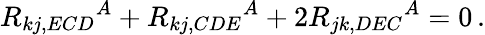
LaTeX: R_{kj,ECD}{}^{A}+R_{kj,CDE}{}^{A}+2R_{jk,DEC}{}^{A}=0\, .